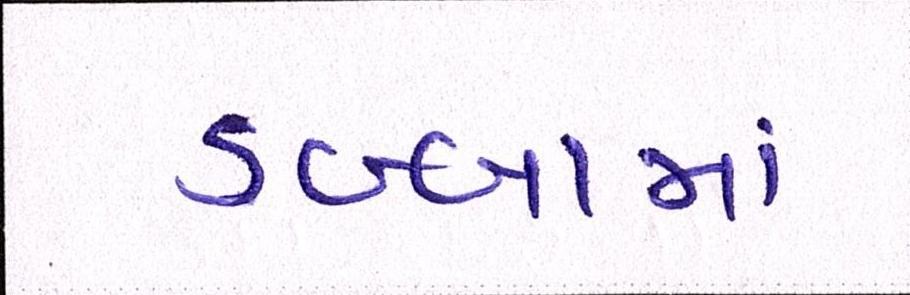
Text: ડબ્બામાં